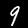
Label: 9